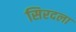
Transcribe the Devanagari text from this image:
सिरदला